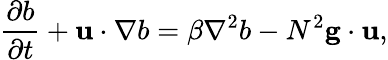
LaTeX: \frac{\partial b}{\partial t}+\mathbf{u}\cdot\nabla b=\beta\nabla^{2}b-N^{2}\mathbf{g}\cdot\mathbf{u},